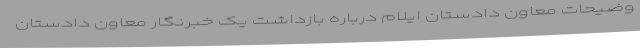
وضیحات معاون دادستان ایلام درباره بازداشت یک خبرنگار معاون دادستان